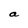
Character: a